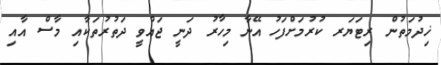
ޚިދުމަތުން ރިޓަޔަރ ކުރުމަށްފަހު އޭނާ މިހާރު ދަނީ ޖައްވީ ދަތުރުތަކާއި މާސް އާއި